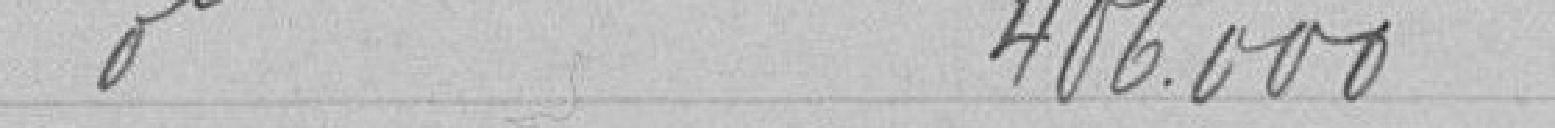
Emprunts de 406.000